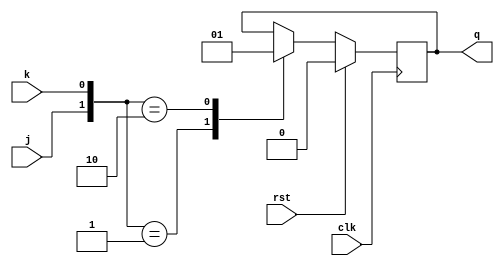
//JK flipflop via parameter declaration
module JK(j,k,clk,rst,q);
parameter HOLD=2'b00,
RESET=2'b01,
SET=2'b10,
TOGGLE=2'b00;
input j,k,clk,rst;
output reg q;
always@(posedge clk)
begin
if(rst)
q<=1'b0;
else
case({j,k})
HOLD :q<=q;
RESET :q<=1'b0;
 SET :q<=1'b1; TOGGLE :q<=(~q);
endcase
end
endmodule